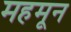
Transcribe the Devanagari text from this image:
महमून